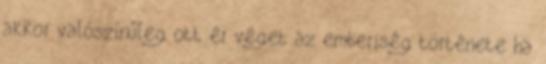
akkor valószínűleg ott ér véget az emberiség története ha